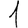
Digit: 1